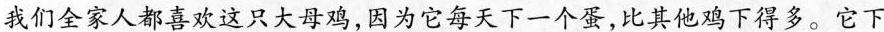
我们全家人都喜欢这只大母鸡，因为它每天下一个蛋，比其他鸡下得多。它下